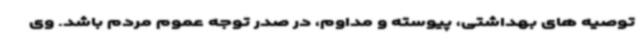
توصیه های بهداشتی، پیوسته و مداوم، در صدر توجه عموم مردم باشد. وی